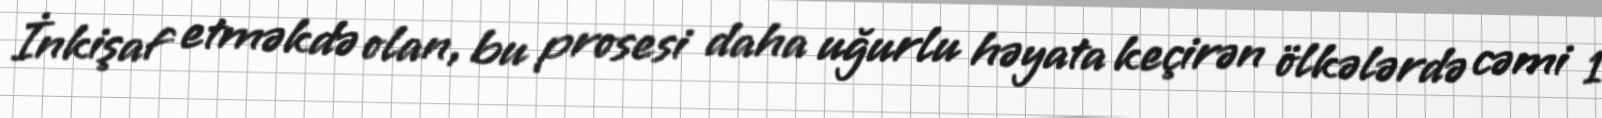
İnkişaf etməkdə olan, bu prosesi daha uğurlu həyata keçirən ölkələrdə cəmi 1